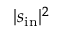
| s _ { \mathrm { i n } } | ^ { 2 }